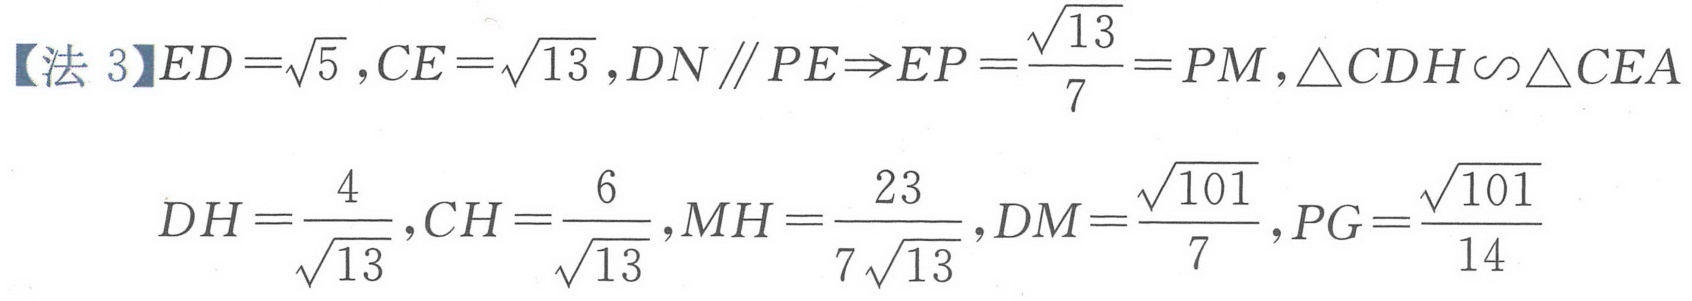
【法 3】\(ED=\sqrt{5},CE = \sqrt{13},DN\parallel PE\Rightarrow EP=\frac{\sqrt{13}}{7}=PM,\triangle CDH\backsim\triangle CEA\)
\(DH=\frac{4}{\sqrt{13}},CH=\frac{6}{\sqrt{13}},MH=\frac{23}{7\sqrt{13}},DM=\frac{\sqrt{101}}{7},PG=\frac{\sqrt{101}}{14}\)